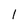
Character: 1